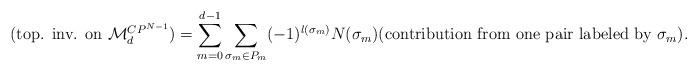
LaTeX: \begin{align*}(\mbox{top. inv. on ${\cal M}_{d}^{CP^{N-1}}$})=\sum_{m=0}^{d-1}\sum_{\sigma_{m}\in P_{m}}(-1)^{l(\sigma_{m})}N(\sigma_{m})(\mbox{contribution from one pair labeled by $\sigma_{m}$}).\end{align*}